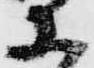
等